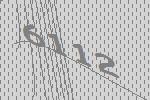
6112